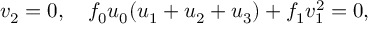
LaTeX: v _ { 2 } = 0 , ~ ~ ~ f _ { 0 } u _ { 0 } ( u _ { 1 } + u _ { 2 } + u _ { 3 } ) + f _ { 1 } v _ { 1 } ^ { 2 } = 0 ,